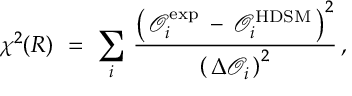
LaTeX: \chi ^ { 2 } ( R ) \ = \ \sum _ { i } \, \frac { \left( \, \mathcal { O } _ { i } ^ { \mathrm { e x p } } \: - \: \mathcal { O } _ { i } ^ { \mathrm { H D S M } } \, \right) ^ { 2 } } { \left( \, \Delta \mathcal { O } _ { i } \, \right) ^ { 2 } } \, ,